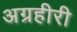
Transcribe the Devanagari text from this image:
अग्रहीरी